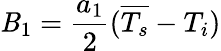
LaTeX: \mathit{B}_{1}=\frac{{a_{1}}}{{2}}(\overline{{{T_{s}}}}-T_{i})